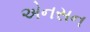
એનસન